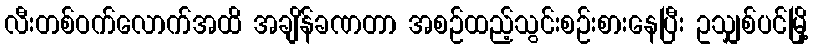
လီးတစ်ဝက်လောက်အထိ အချိန်ခဏတာ အစဉ်ထည့်သွင်းစဉ်းစားနေပြီး ဥသျှစ်ပင်မြို့